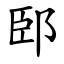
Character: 䢻